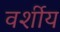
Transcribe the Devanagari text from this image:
वर्शीय